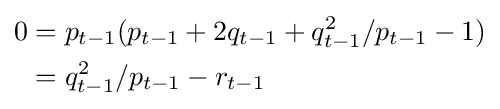
{\begin{aligned}0&=p_{t-1}(p_{t-1}+2q_{t-1}+q_{t-1}^{2}/p_{t-1}-1)\\&=q_{t-1}^{2}/p_{t-1}-r_{t-1}\end{aligned}}